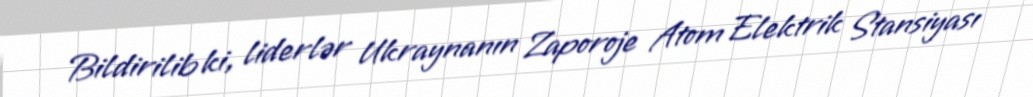
Bildirilib ki, liderlər Ukraynanın Zaporoje Atom Elektrik Stansiyası